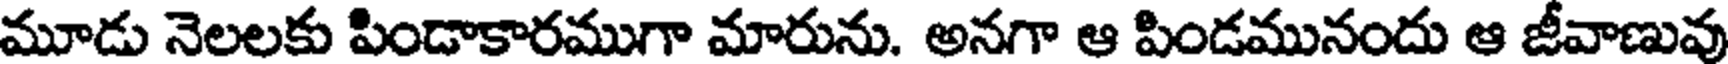
మూడు నెలలకు పిండాకారముగా మారును. అనగా ఆ పిండమునందు ఆ జీవాణువు